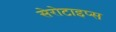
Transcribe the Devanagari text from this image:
सेरोटाइप्स